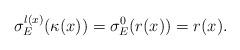
LaTeX: \begin{align*}\sigma_E^{l(x)} ( \kappa(x) ) = \sigma_E^0(r(x)) = r(x). \end{align*}